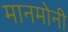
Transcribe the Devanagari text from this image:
मानमोनी